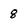
Character: 8